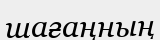
шағаңның